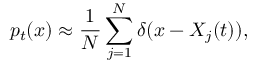
p _ { t } ( x ) \approx \frac { 1 } { N } \sum _ { j = 1 } ^ { N } \delta ( x - X _ { j } ( t ) ) ,